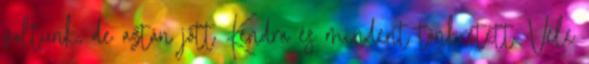
voltunk, de aztán jött Kendra és mindent tönkretett. Vele